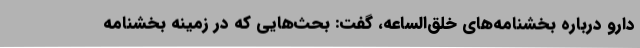
دارو درباره بخشنامه‌های خلق‌الساعه، گفت: بحث‌هایی که در زمینه بخشنامه